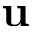
\bf { u }